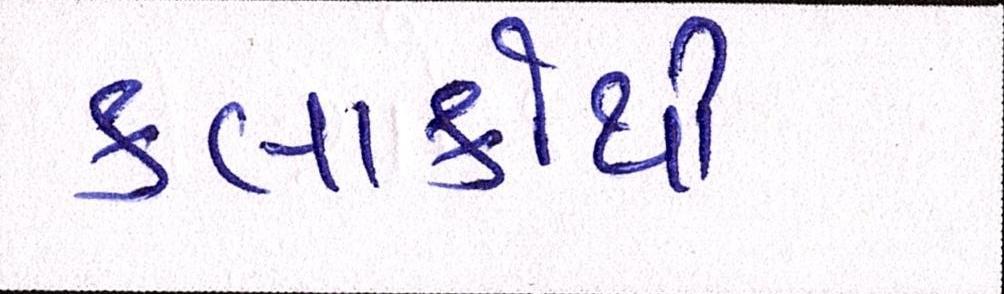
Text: કલાકોથી